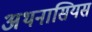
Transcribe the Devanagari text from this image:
अथनासियस